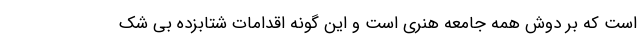
است که بر دوش همه جامعه هنری است و این گونه اقدامات شتابزده بی شک